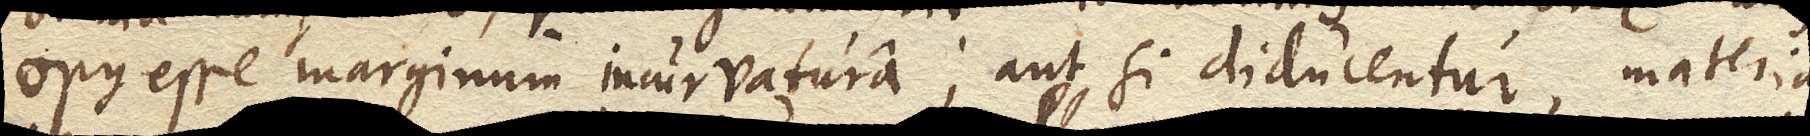
opus esse marginum incurvatura; aut si diducentur, materia